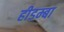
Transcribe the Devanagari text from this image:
हीडम्बा